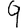
Digit: 9